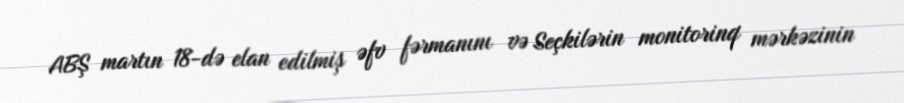
ABŞ martın 18-də elan edilmiş əfv fərmanını və Seçkilərin monitorinq mərkəzinin